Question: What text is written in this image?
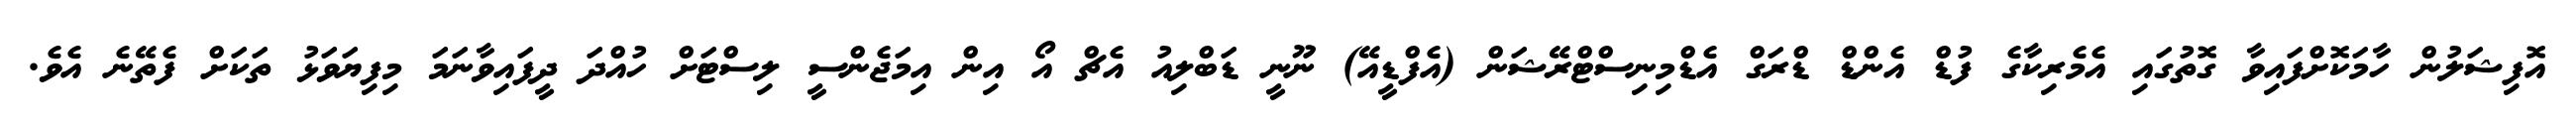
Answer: އޮފިޝަލުން ހާމަކޮށްފައިވާ ގޮތުގައި އެމެރިކާގެ ފުޑް އެންޑް ޑްރަގް އެޑްމިނިސްޓްރޭޝަން (އެފްޑީއޭ) ނޫނީ ޑަބްލިއު އެޗް އޯ އިން އިމަޖެންސީ ލިސްޓަށް ހުއްދަ ދީފައިވާނަމަ މިފިޔަވަޅު ތަކަށް ފެތޭނެ އެވެ.